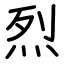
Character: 烈